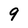
Character: 9